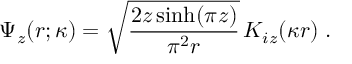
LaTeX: \Psi _ { z } ( r ; \kappa ) = \sqrt { \frac { 2 z \sinh ( \pi z ) } { \pi ^ { 2 } r } } \, K _ { i z } ( \kappa r ) \; .